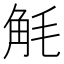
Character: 𮗥